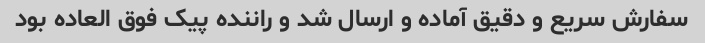
سفارش سریع و دقیق آماده و ارسال شد و راننده پیک فوق العاده بود